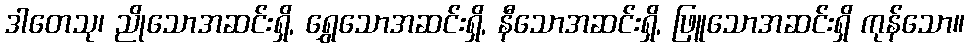
ဒါတေသု၊ ညိုသောအဆင်းရှိ, ရွှေသောအဆင်းရှိ, နီသောအဆင်းရှိ, ဖြူသောအဆင်းရှိ ကုန်သော။